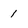
Character: 1